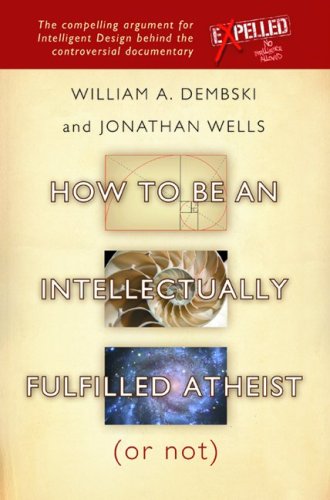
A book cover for How to be an Intellectually Fulfilled Atheist (Or Not); William A. Dembski; Christian Books & Bibles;